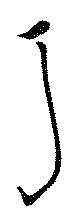
丁